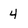
Character: 4